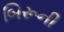
બિરૂની